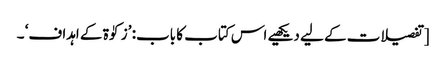
[تفصیلات کے لیے دیکھیے اس کتاب کا باب: ’زکوٰۃ کے اہداف‘ ۔